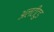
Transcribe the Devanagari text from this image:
अलटीटुड